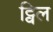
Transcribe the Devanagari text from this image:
ट्विल